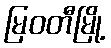
မြဝတီမြို့